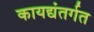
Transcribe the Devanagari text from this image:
कायद्यंतर्गत